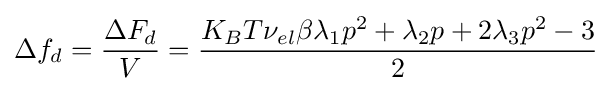
\Delta f_{d}={\frac {\Delta F_{d}}{V}}={\frac {K_{B}T\nu _{el}\beta \lambda _{1}p^{2}+\lambda _{2}p+2\lambda _{3}p^{2}-3}{2}}